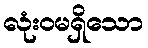
လုံးဝမရှိသော